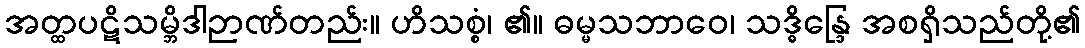
အတ္ထပဋိသမ္ဘိဒါဉာဏ်တည်း။ ဟိသစ္စံ၊ ၏။ ဓမ္မသဘာဝေ၊ သဒ္ဓိန္ဒြေ အစရှိသည်တို့၏